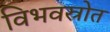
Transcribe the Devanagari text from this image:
विभवस्रोत